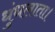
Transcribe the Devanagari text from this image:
धुंधलाता।